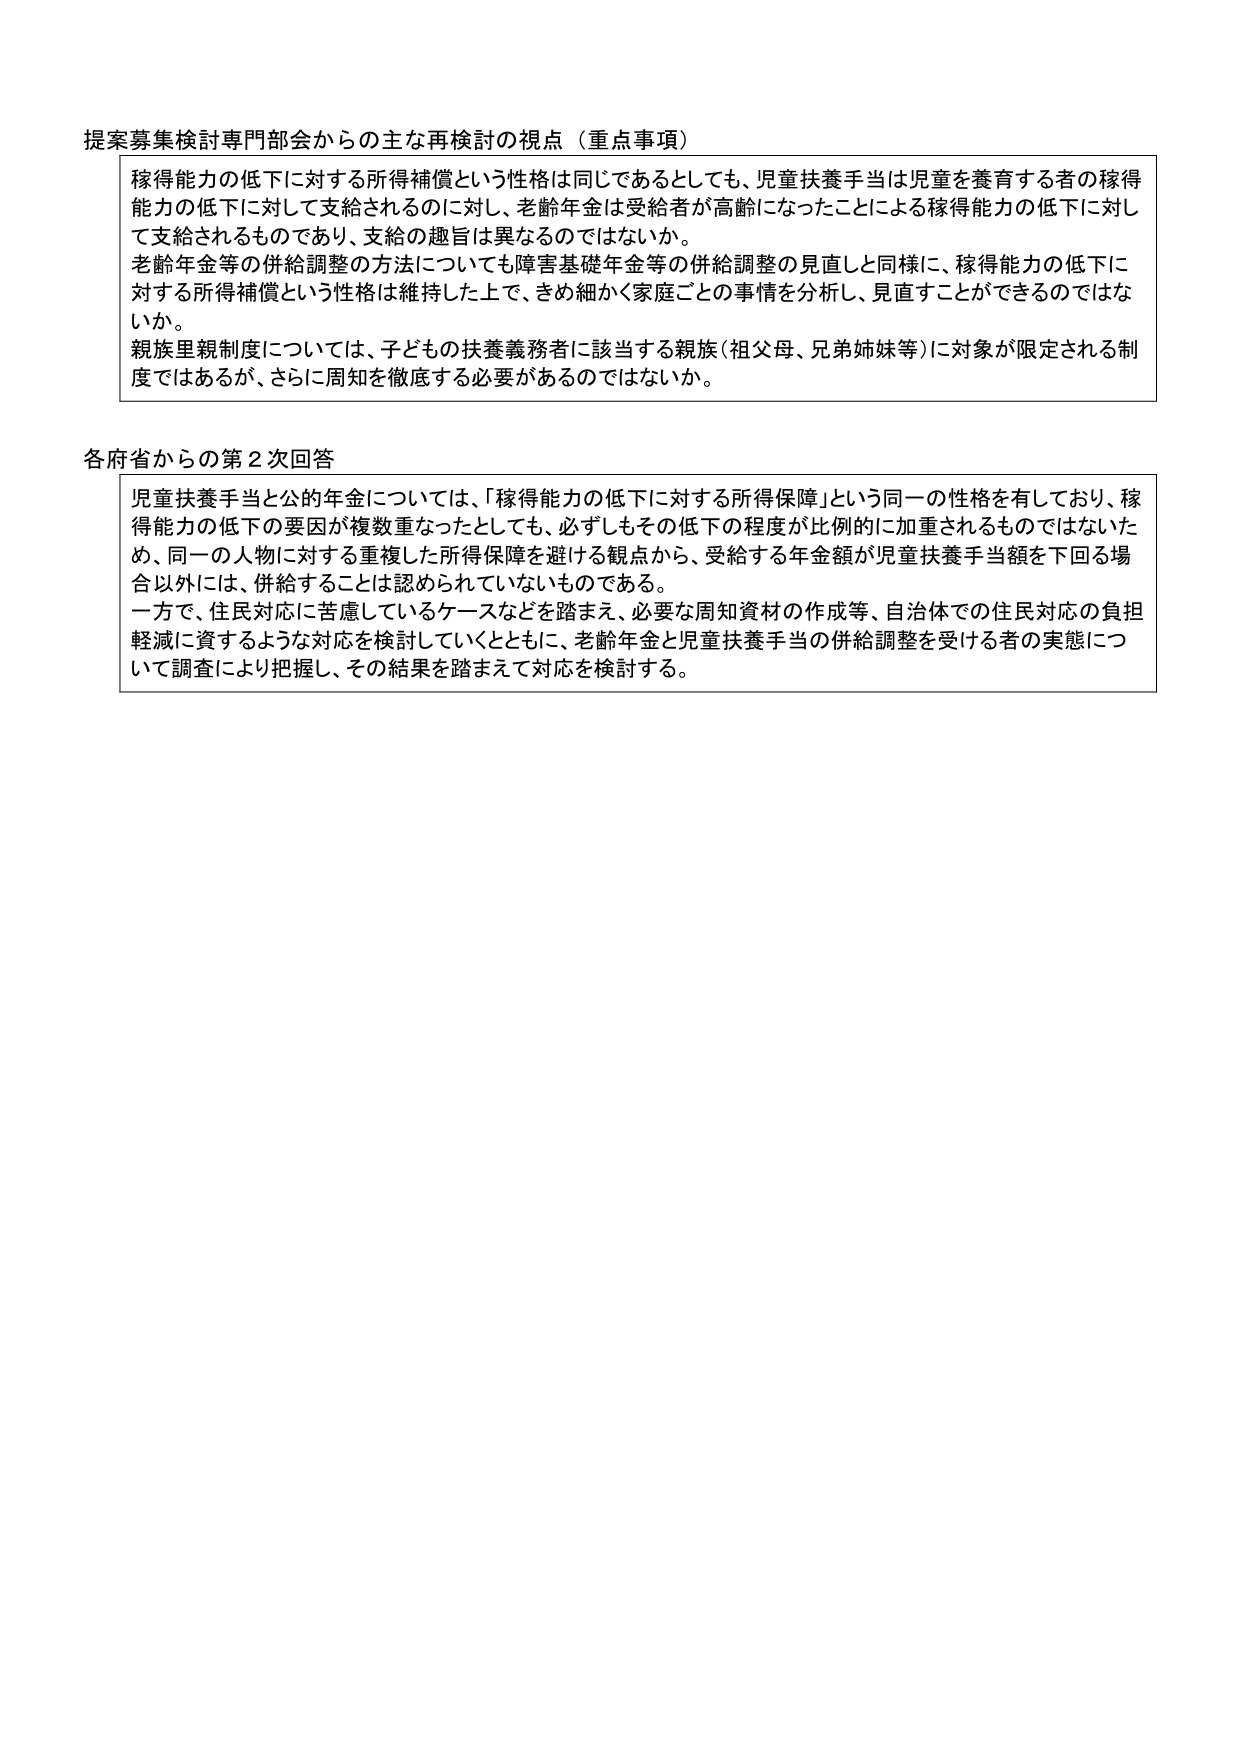
提案募集検討専門部会からの主な再検討の視点（重点事項）

稼得能力の低下に対する所得補償という性格は同じであるとしても、児童扶養手当は児童を養育する者の稼得能力の低下に対して支給されるのに対し、老齢年金は受給者が高齢になったことによる稼得能力の低下に対して支給されるものであり、支給の趣旨は異なるのではないか。
老齢年金等の併給調整の方法についても障害基礎年金等の併給調整の見直しと同様に、稼得能力の低下に対する所得補償という性格は維持した上で、きめ細かく家庭ごとの事情を分析し、見直すことができるのではないか。
親族里親制度については、子どもの扶養義務者に該当する親族（祖父母、兄弟姉妹等）に対象が限定される制度ではあるが、さらに周知を徹底する必要があるのではないか。

各府省からの第2次回答

児童扶養手当と公的年金については、「稼得能力の低下に対する所得保障」という同一の性格を有しており、稼得能力の低下の要因が複数重なったとしても、必ずしもその低下の程度が比例的に加重されるものではないため、同一の人物に対する重複した所得保障を避ける観点から、受給する年金額が児童扶養手当額を下回る場合以外には、併給することは認められていないものである。
一方で、住民対応に苦慮しているケースなどを踏まえ、必要な周知資材の作成等、自治体での住民対応の負担軽減に資するような対応を検討していくとともに、老齢年金と児童扶養手当の併給調整を受ける者の実態について調査により把握し、その結果を踏まえて対応を検討する。